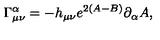
\Gamma _ { \mu \nu } ^ { \alpha } = - h _ { \mu \nu } e ^ { 2 ( A - B ) } \partial _ { \alpha } A ,